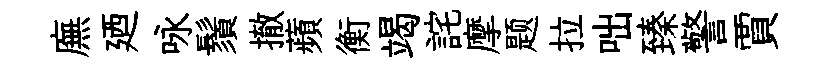
廡廼咏鬚撤蘋衡竭詫摩题拉咄臻警賈